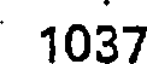
1037